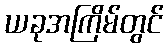
ယခုအကြိမ်တွင်